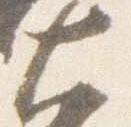
大